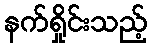
နက်ရှိုင်းသည့်